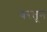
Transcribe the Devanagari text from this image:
वरतून